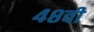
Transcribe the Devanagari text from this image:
४८वी